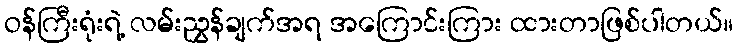
ဝန်ကြီးရုံးရဲ့ လမ်းညွှန်ချက်အရ အကြောင်းကြား ထားတာဖြစ်ပါတယ်။